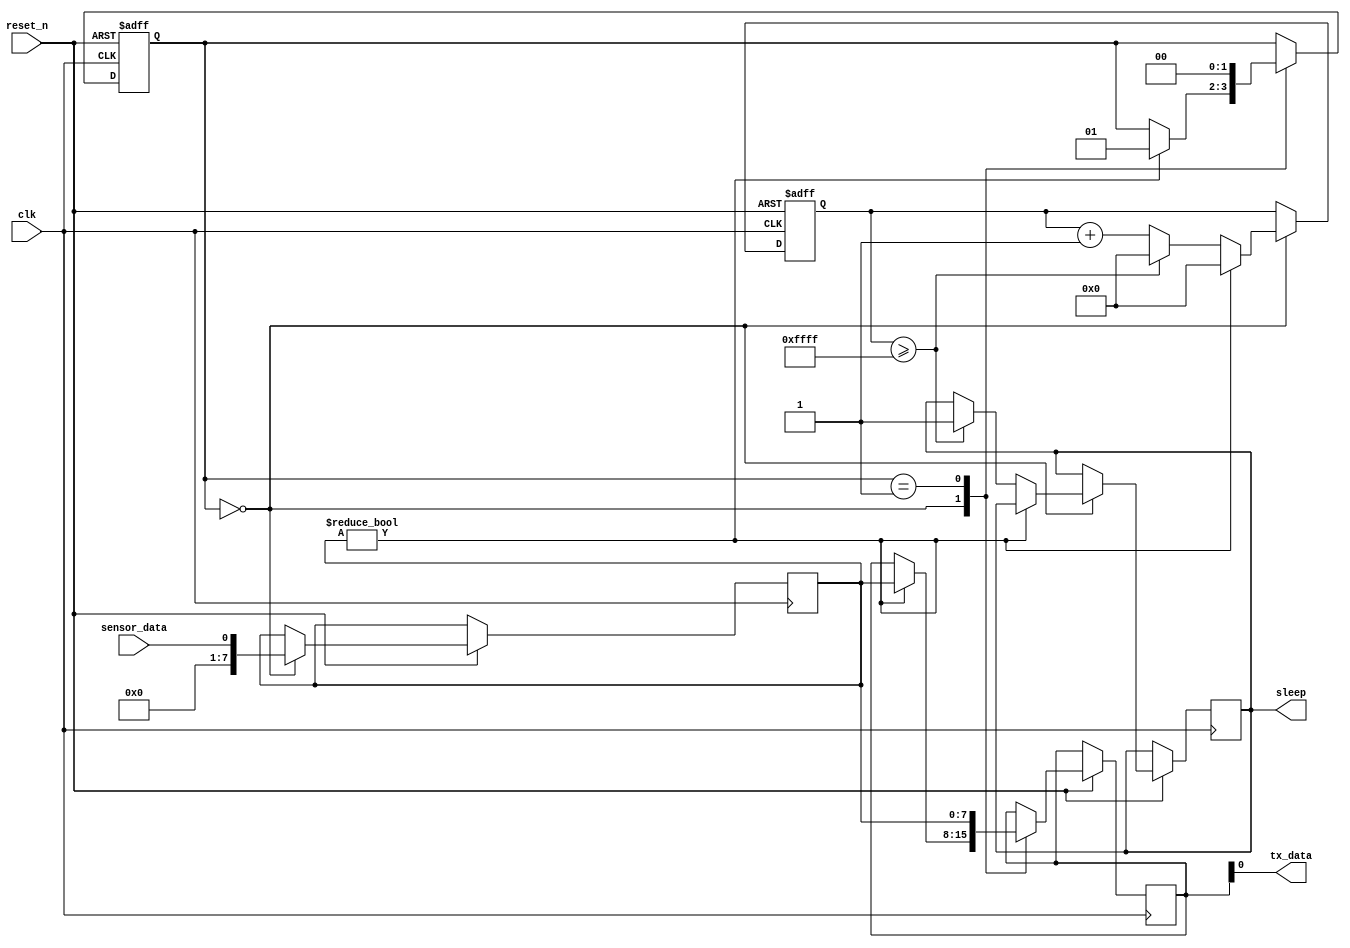
module low_power_sensor_node (
    input wire clk,         // System clock
    input wire reset_n,     // Reset signal (active low)
    input wire sensor_data, // Data from sensor
    output wire tx_data,    // Data to transmit wirelessly
    output reg sleep       // Sleep mode control signal
);

// Parameters
parameter DATA_WIDTH = 8; // Data width for sensor data and transmission

// Internal signals
reg [DATA_WIDTH-1:0] sensor_data_reg; // Register for sensor data
reg [DATA_WIDTH-1:0] tx_data_reg;     // Register for transmitted data

// Counter for sleep mode control
reg [15:0] sleep_counter = 0;

// State machine states
parameter IDLE_STATE = 2'b00;
parameter TRANSMIT_STATE = 2'b01;

// State machine and control logic
reg [1:0] state = IDLE_STATE;

always @(posedge clk or negedge reset_n) begin
    if (~reset_n) begin
        state <= IDLE_STATE;
        sleep_counter <= 0;
    end else begin
        case (state)
            IDLE_STATE: begin
                // Process sensor data
                sensor_data_reg <= sensor_data;
                
                // Check if transmission is needed
                if (sensor_data_reg != 0) begin
                    tx_data_reg <= sensor_data_reg;
                    state <= TRANSMIT_STATE;
                    sleep_counter <= 0;
                end else begin
                    // Enter sleep mode if no data to transmit
                    sleep_counter <= sleep_counter + 1;
                    if (sleep_counter >= 65535) begin
                        sleep <= 1; // Enter sleep mode
                        sleep_counter <= 0;
                    end
                end
            end
            TRANSMIT_STATE: begin
                // Transmit data wirelessly
                tx_data_reg <= sensor_data_reg;
                state <= IDLE_STATE;
            end
        endcase
    end
end

// Continuous assignment for tx_data
assign tx_data = tx_data_reg;

endmodule